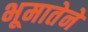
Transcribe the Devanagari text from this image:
भूमातेने